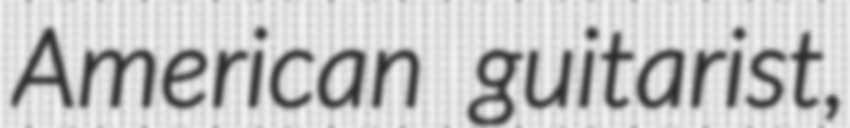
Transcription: American guitarist,